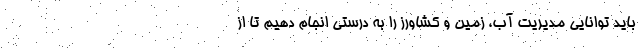
باید توانایی مدیریت آب، زمین و کشاورز را به درستی انجام دهیم تا از